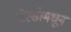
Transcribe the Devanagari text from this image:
रोस्सोमधून